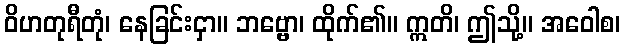
ဝိဟတုရီတုံ၊ နေခြင်းငှာ။ ဘဗ္ဗော၊ ထိုက်၏။ ဣတိ၊ ဤသို့။ အဝေါစ၊